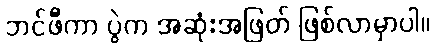
ဘင်ဖီကာ ပွဲက အဆုံးအဖြတ် ဖြစ်လာမှာပါ။